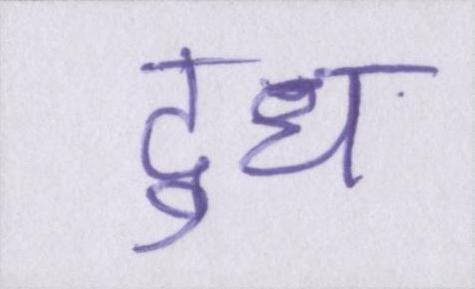
दुध